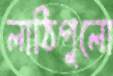
লাঠিগুলো